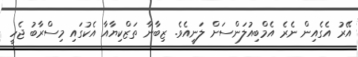
އޭރު އެގެއިން ނެރެ އެމްބިއުލަންސަށް ލަނީއެވެ. ޒިބާނާ ތަޒްކިޔާއާ އެކުގައި މިސްރާބު ޖެހީ